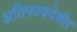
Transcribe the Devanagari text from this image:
अतिफायदेशीर